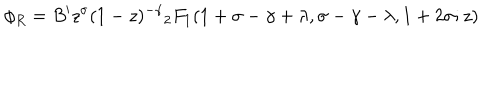
\phi _ { R } = B ^ { \prime } z ^ { \sigma } ( 1 - z ) ^ { - \gamma } { _ 2 F _ { 1 } } ( 1 + \sigma - \gamma + \lambda , \sigma - \gamma - \lambda , 1 + 2 \sigma ; z )